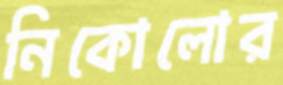
নিকোলোর